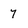
Character: 7